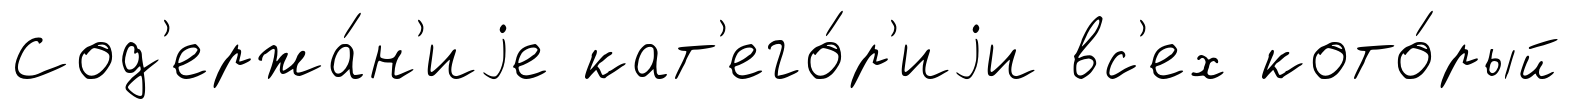
Сод'ержа́н'иjе кат'его́р'иjи вс'ех кото́рый